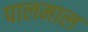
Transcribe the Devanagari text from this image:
पालमाल